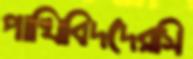
পাখিবিদদেরসি